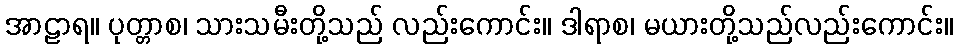
အာဠာရ။ ပုတ္တာစ၊ သားသမီးတို့သည် လည်းကောင်း။ ဒါရာစ၊ မယားတို့သည်လည်းကောင်း။